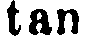
tan.